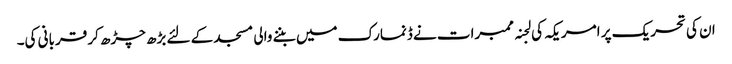
ان کی تحریک پر امریکہ کی لجنہ ممبرات نے ڈنمارک میں بننے والی مسجد کے لئے بڑھ چڑھ کر قربانی کی۔